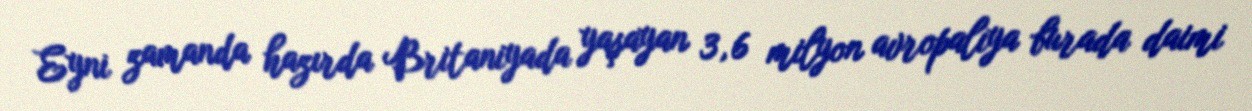
Eyni zamanda hazırda Britaniyada yaşayan 3, 6 milyon avropalıya burada daimi